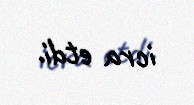
icra etdi.